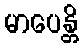
မာပေန္တိ